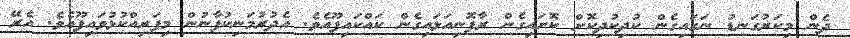
ދެން މިކަރުގަނޑު ނަގައިގެން ކުދިކުދިކޮށް ކޮށައިގެން ރާފޮނިއަޅައިގެން ކައްކައިފޫއެވެ. އެދުރުމަނިކުފާނުން މިފަރިއްކުޅުވައިފޫއެވެ. އެރޭ